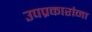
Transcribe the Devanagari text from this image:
उपप्रकारांना